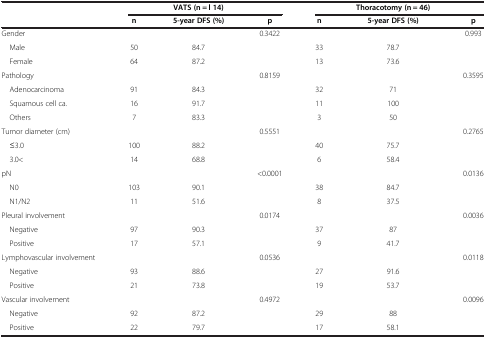
|  |  | VATS (n = l 14) |  |  | Thoracotomy (n = 46) |  |
 |  | n | 5-year DFS (%) | p | n | 5-year DFS (%) | p |
 | --- | --- | --- | --- | --- | --- | --- |
 | Gender |  |  | 0.3422 |  |  | 0.993 |
 | Male | 50 | 84.7 |  | 33 | 78.7 |  |
 | Female | 64 | 87.2 |  | 13 | 73.6 |  |
 | Pathology |  |  | 0.8159 |  |  | 0.3595 |
 | Adenocarcinoma | 91 | 84.3 |  | 32 | 71 |  |
 | Squamous cell ca. | 16 | 91.7 |  | 11 | 100 |  |
 | Others | 7 | 83.3 |  | 3 | 50 |  |
 | Tumor diameter (cm) |  |  | 0.5551 |  |  | 0.2765 |
 | ≤3.0 | 100 | 88.2 |  | 40 | 75.7 |  |
 | 3.0< | 14 | 68.8 |  | 6 | 58.4 |  |
 | pN |  |  | <0.0001 |  |  | 0.0136 |
 | N0 | 103 | 90.1 |  | 38 | 84.7 |  |
 | N1/N2 | 11 | 51.6 |  | 8 | 37.5 |  |
 | Pleural involvement |  |  | 0.0174 |  |  | 0.0036 |
 | Negative | 97 | 90.3 |  | 37 | 87 |  |
 | Positive | 17 | 57.1 |  | 9 | 41.7 |  |
 | Lymphovascular involvement |  |  | 0.0536 |  |  | 0.0118 |
 | Negative | 93 | 88.6 |  | 27 | 91.6 |  |
 | Positive | 21 | 73.8 |  | 19 | 53.7 |  |
 | Vascular involvement |  |  | 0.4972 |  |  | 0.0096 |
 | Negative | 92 | 87.2 |  | 29 | 88 |  |
 | Positive | 22 | 79.7 |  | 17 | 58.1 |  |